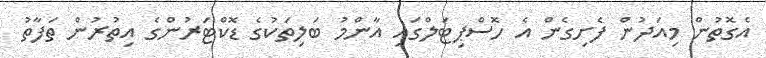
އެގޮތުން މިއަދުން ފެށިގެން އެ ހޮސްޕިޓަލްގައި އާންމު ބަލިތަކުގެ ޑޮކްޓަރުންގެ އިތުރުންް ތަފާތު